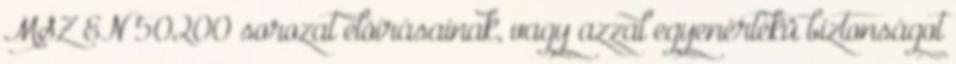
MSZ EN 50200 sorozat elõírásainak, vagy azzal egyenértékû biztonságot